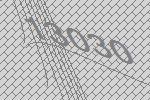
13030